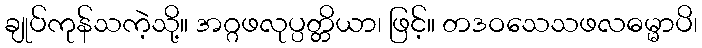
ချုပ်ကုန်သကဲ့သို့။ အဂ္ဂဖလုပ္ပတ္တိယာ၊ ဖြင့်။ တဒဝသေသဖလဓမ္မာပိ၊